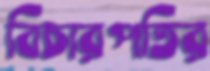
বিচারপতির